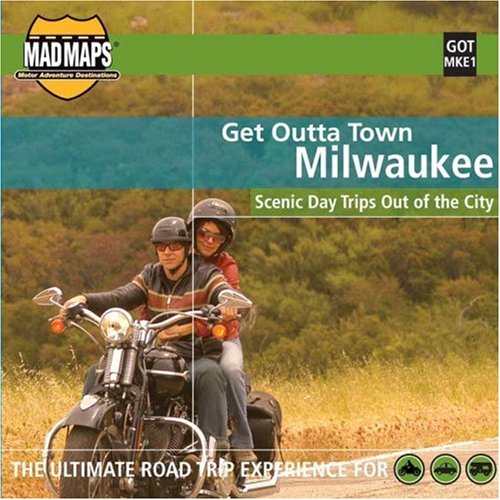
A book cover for Get Outta Town Milwaukee; Mad Maps (Firm); Travel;